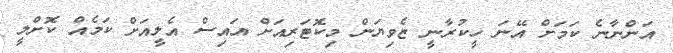
އަންނާނެ ކަމަށް އޭނަ ހީކުރާނީ ޒެވިޔަން މިކޮޓަރިއަށް އައިސް އެލީއަށް ކަމެއް ކޮށްލީ